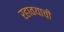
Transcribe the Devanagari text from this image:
रहावयाची